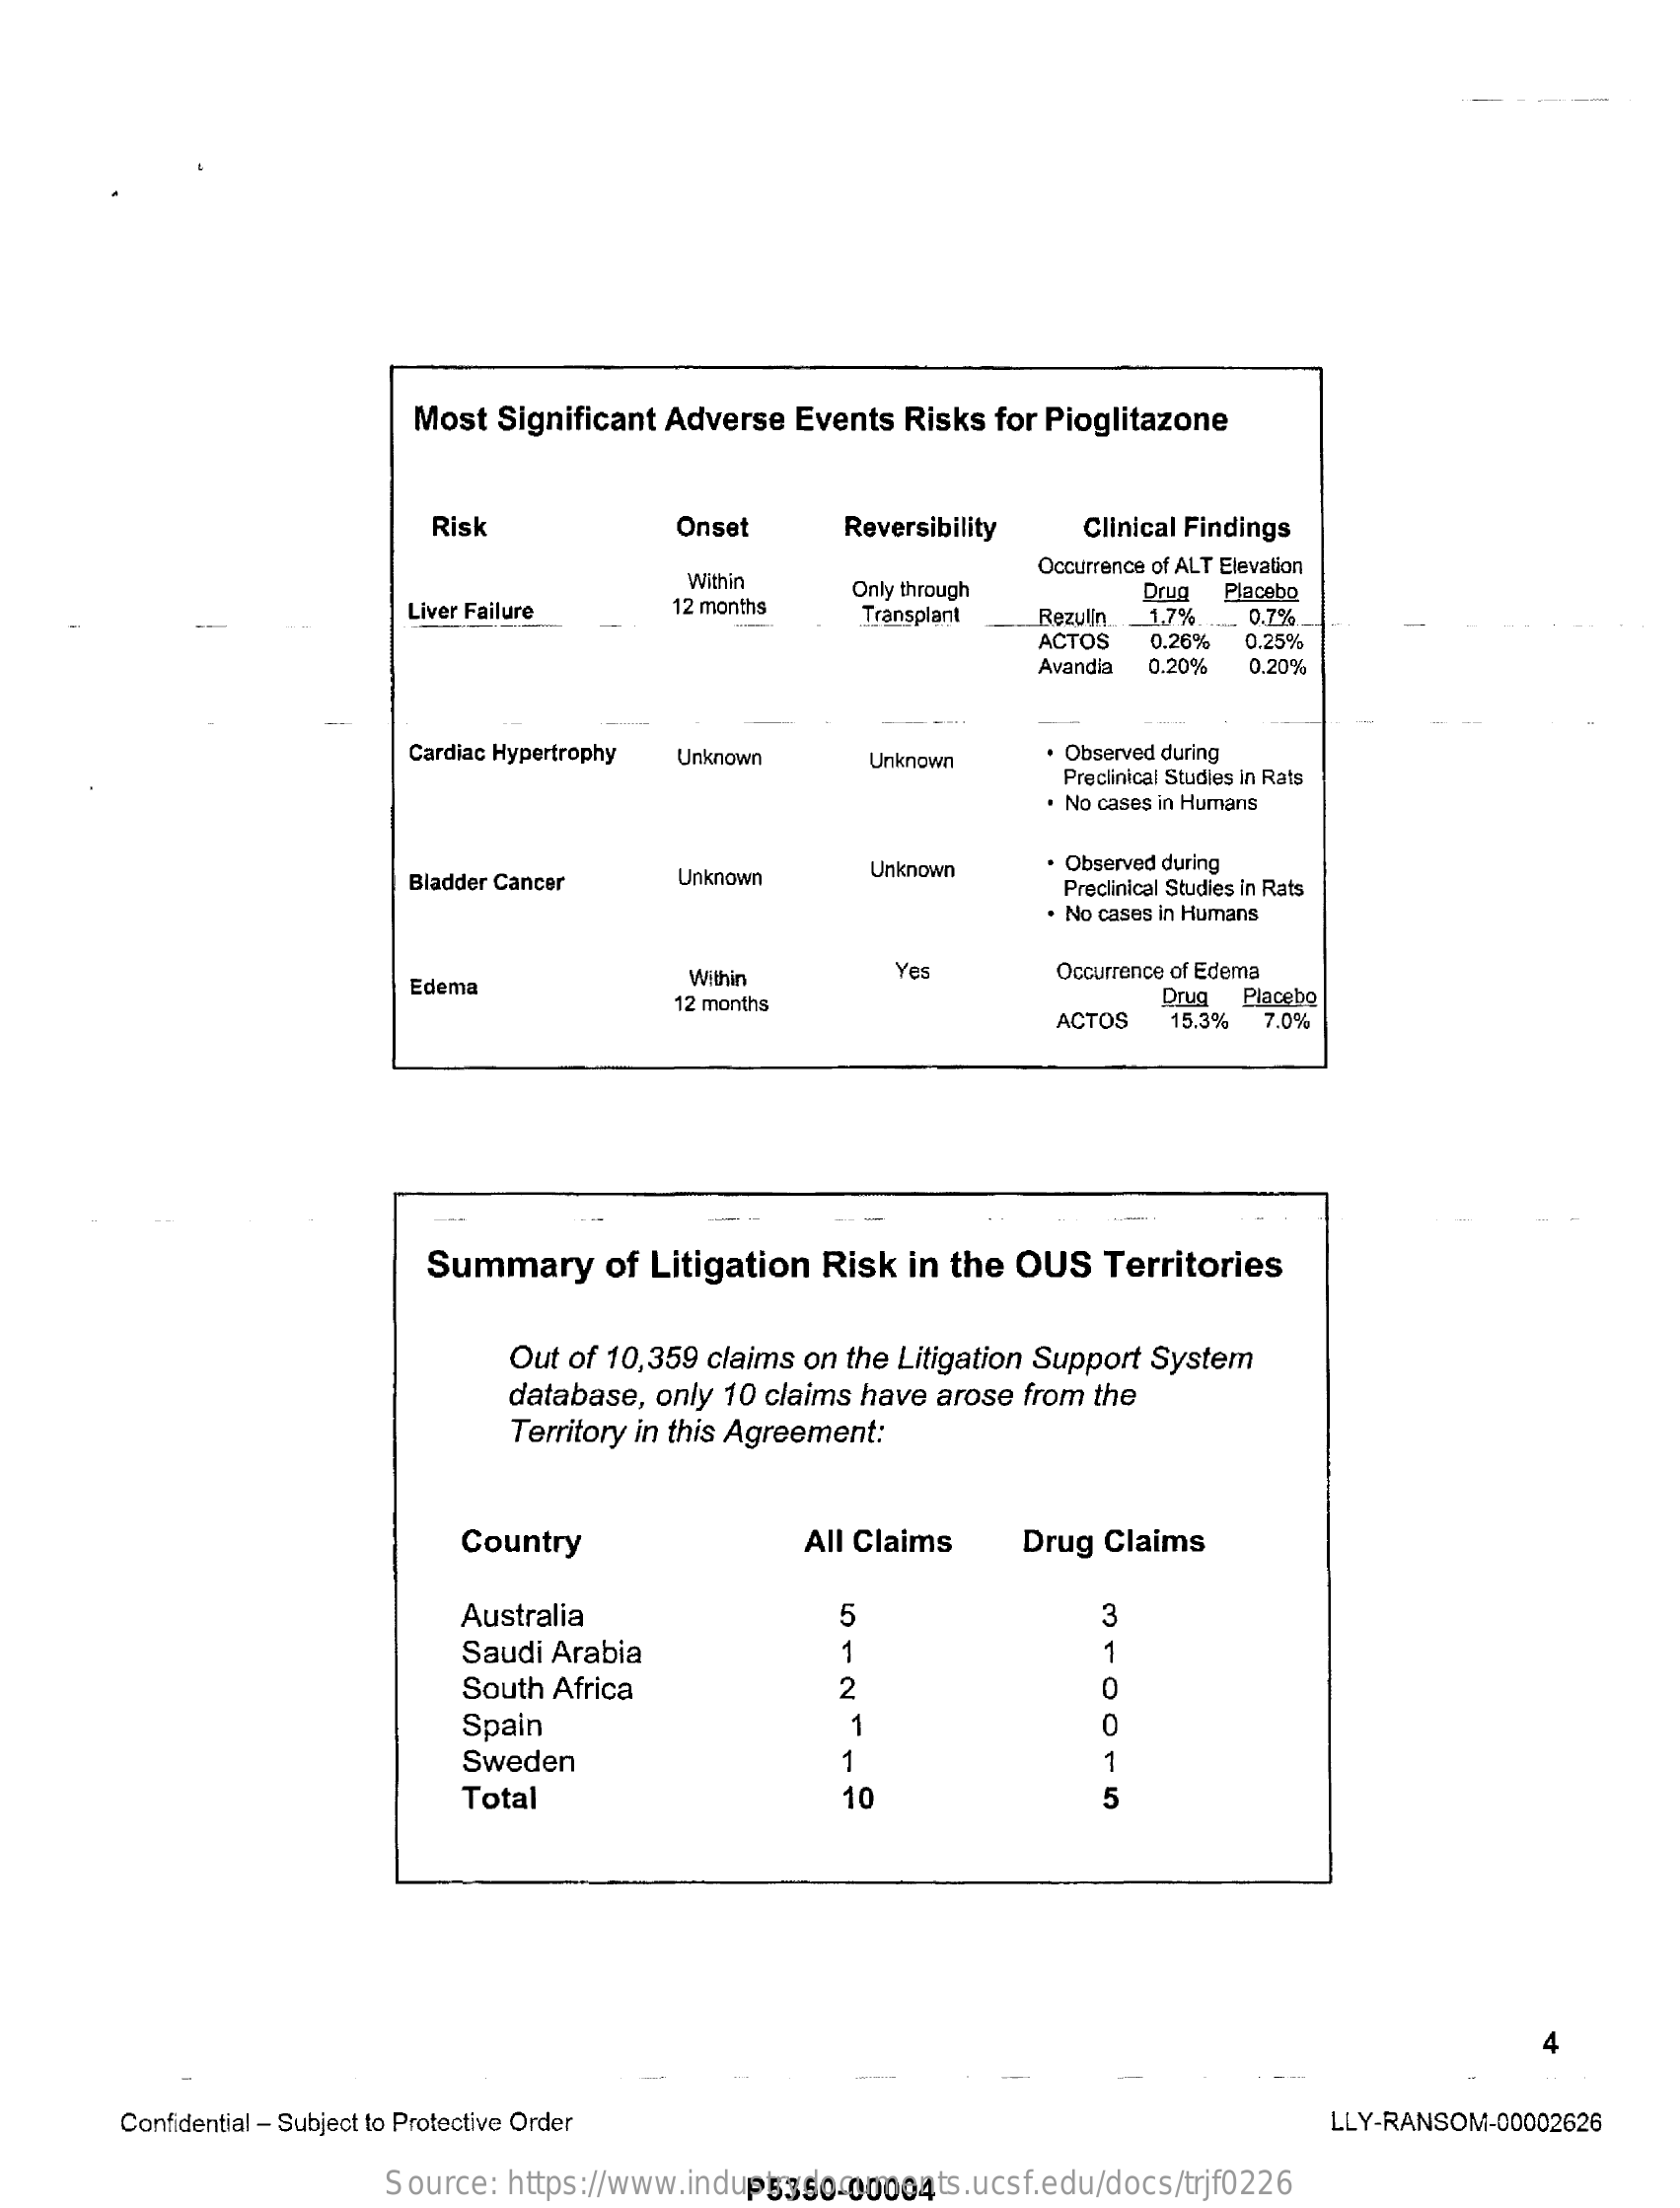
Most  Significant  Adverse   Events   Risks  for Pioglitazone
     Risk    Onset    Reversibility    Clinical Findings
     Within
     Liver Failure    12 months
     Only through
     Occurrence of ALT Elevation
     Transplant
     Drug  Placebo
     -
     Rezulin. 1.7%.   0.7%
     ACTOS    0.26%  0.25%
     Avandia 0.20%   0.20%
     -
     Cardiac Hypertrophy Unknown    Unknown    . Observed during
     Preclinical Studies in Rats
     . No cases in Humans
     Bladder Cancer    Unknown    Unknown    Observed during
     Preclinical Studies in Rats
     . No cases in Humans
     Edema    Within    Yes    Occurrence of Edema
     12 months    Drug
     ACTOS
     Placebo
     15.3%  7.0%
     Summary    of Litigation   Risk   in the  OUS    Territories
     Out of 10,359 claims  on the Litigation Support  System
     database, only  10 claims have  arose  from the
     Territory in this Agreement:
     Country    All Claims    Drug  Claims
     Australia    5    3
     Saudi  Arabia    1    1
     South  Africa    2
     Spain    1    0
     Sweden    1    1
     Total    10    5
     4
     Confidential - Subject to Protective Order    LLY-RANSOM-00002626
     Source:   https://www.industrydocuments.ucsf.edu/docs/trjf0226 P5350-00004